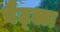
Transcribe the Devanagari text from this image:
वैट्ला